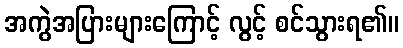
အကွဲအပြားများကြောင့် လွင့် စင်သွားရ၏။